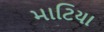
માટિયા